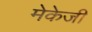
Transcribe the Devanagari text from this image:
मेकेजी